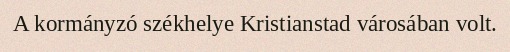
A kormányzó székhelye Kristianstad városában volt.